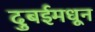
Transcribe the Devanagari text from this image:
दुबईमधून